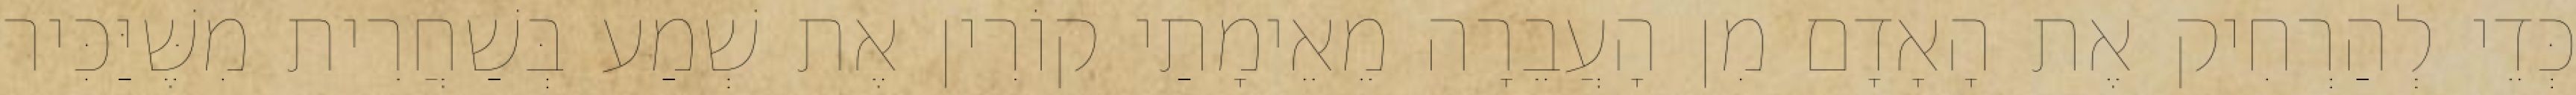
כְּדֵי לְהַרְחִיק אֶת הָאָדָם מִן הָעֲבֵרָה מֵאֵימָתַי קוֹרִין אֶת שְׁמַע בְּשַׁחֲרִית מִשֶּׁיַּכִּיר